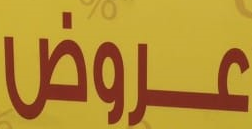
عروض